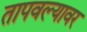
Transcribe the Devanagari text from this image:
तापवल्यावर